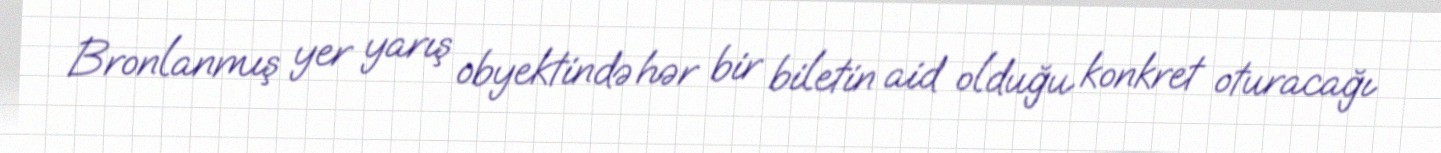
Bronlanmış yer yarış obyektində hər bir biletin aid olduğu konkret oturacağı